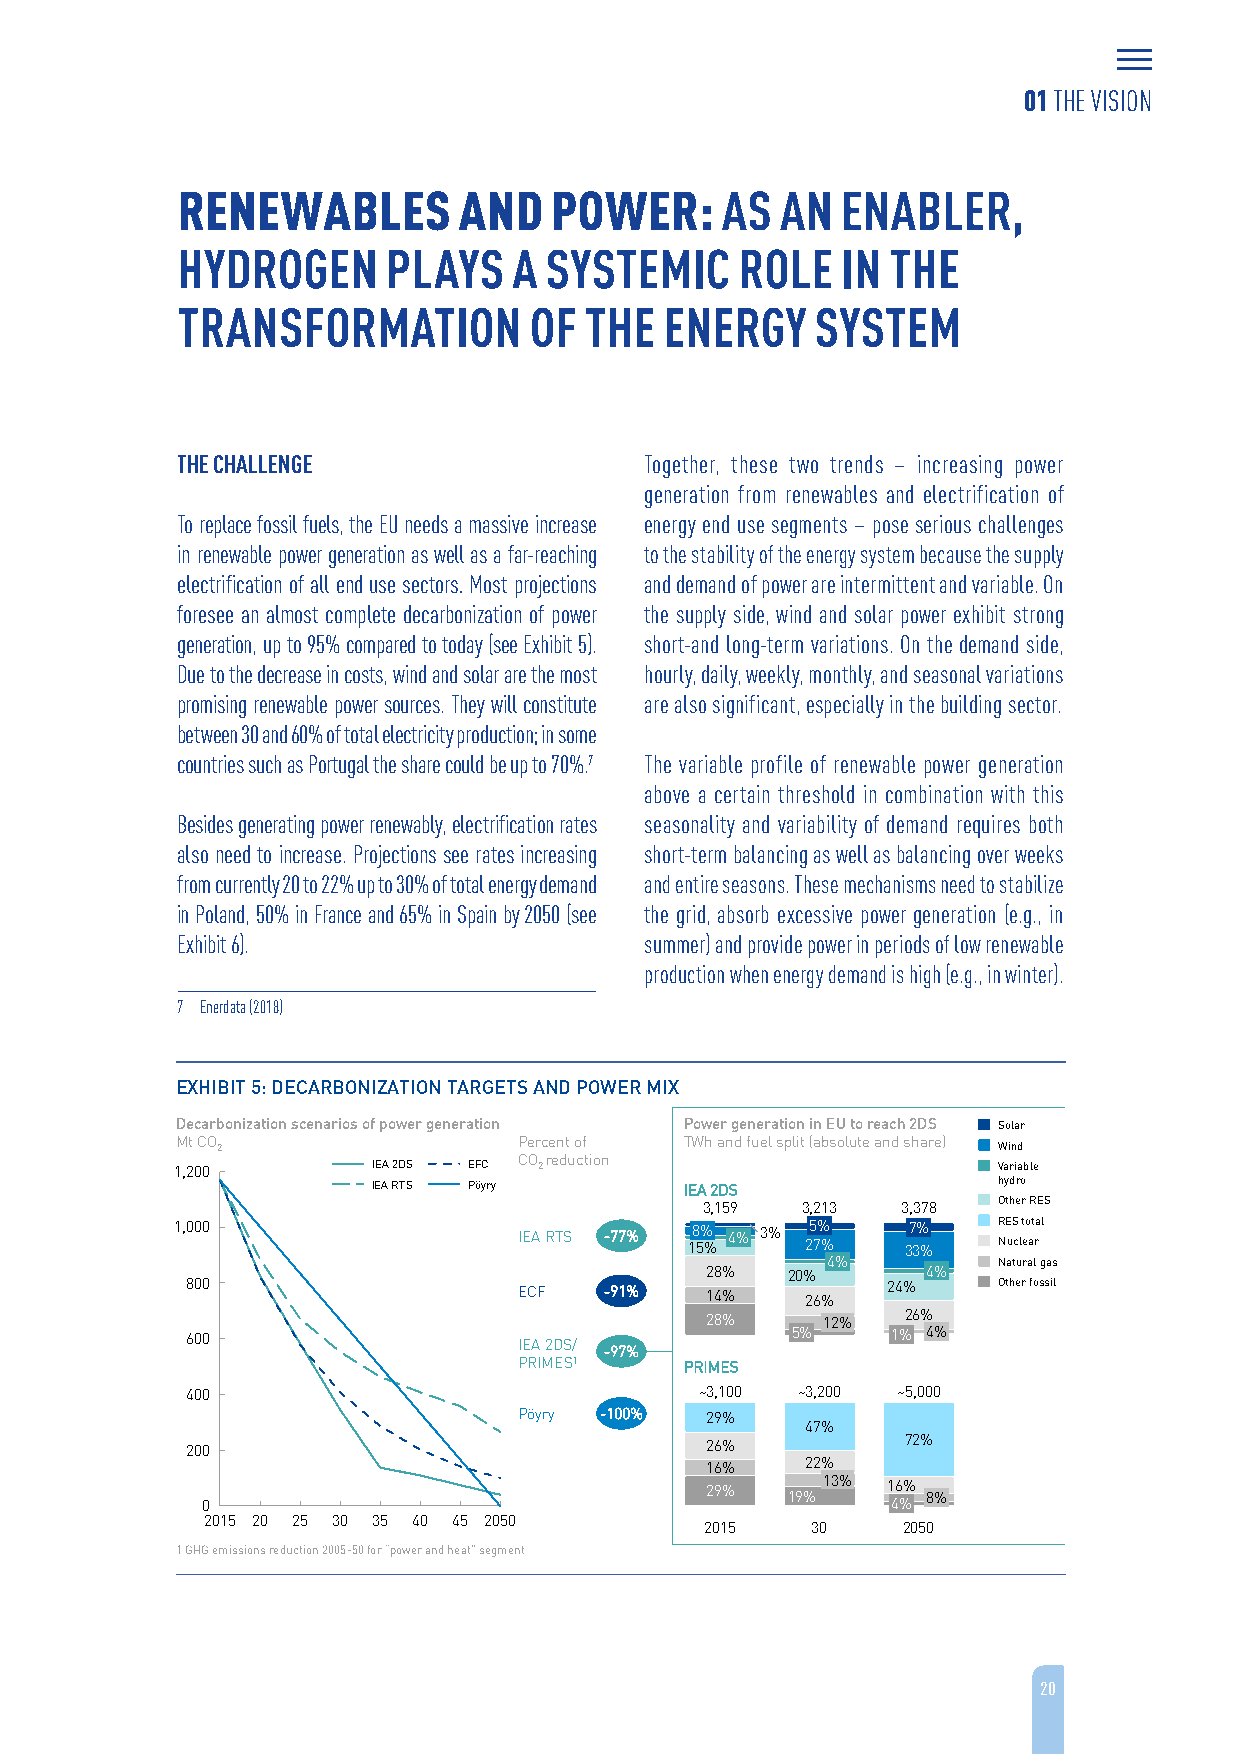
01 THE VISION
 RENEWABLES        AND   POWER:      AS  AN  ENABLER,
 HYDROGEN      PLAYS   A SYSTEMIC     ROLE   IN THE
 TRANSFORMATION         OF  THE  ENERGY    SYSTEM
 THE CHALLENGE                  Together, these two trends – increasing power
 generation from renewables and electrification of
 To replace fossil fuels, the EU needs a massive increase energy end use segments – pose serious challenges
 in renewable power generation as well as a far-reaching to the stability of the energy system because the supply
 electrification of all end use sectors. Most projections and demand of power are intermittent and variable. On
 foresee an almost complete decarbonization of power the supply side, wind and solar power exhibit strong
 generation, up to 95% compared to today (see Exhibit 5). short-and long-term variations. On the demand side,
 Due to the decrease in costs, wind and solar are the most hourly, daily, weekly, monthly, and seasonal variations
 promising renewable power sources. They will constitute are also significant, especially in the building sector.
 between 30 and 60% of total electricity production; in some
 countries such as Portugal the share could be up to 70%.7 The variable profile of renewable power generation
 above a certain threshold in combination with this
 Besides generating power renewably, electrification rates seasonality and variability of demand requires both
 also need to increase. Projections see rates increasing short-term balancing as well as balancing over weeks
 from currently 20 to 22% up to 30% of total energy demand and entire seasons. These mechanisms need to stabilize
 in Poland, 50% in France and 65% in Spain by 2050 (see the grid, absorb excessive power generation (e.g., in
 Exhibit 6).                    summer) and provide power in periods of low renewable
 production when energy demand is high (e.g., in winter).
 7 Enerdata (2018)
 EXHIBIT 5: DECARBONIZATION TARGETS AND POWER MIX
 Decarbonization scenarios of power generation Power generation in EU to reach 2DS Solar
 Mt CO 2               Percent of TWh and fuel split (absolute and share) Wind
 1,200        IEA 2DS EFC CO 2 reduction               Variable
 IEA RTS Pöyry       IEA 2DS              hydro
 3,159  3,213  3,378 Other RES
 1,000                 IEA RTS -77% 18 5% % 4% 3% 25 7% % 37 3% % R NE uS cl eto at ral
 4%         Natural gas
 28%  20%      4%
 800                   ECF   -91%   14%   26%   24%    Other fossil
 28%    12%   26%
 600                   IEA 2DS/          5%     1% 4%
 -97%
 PRIMES1    PRIMES
 400                               ~3,100 ~3,200 ~5,000
 Pöyry -100%  29%
 47%
 200                                26%          72%
 16%   22%
 0
 29%  19% 13% 1 46 %% 8%
 2015 20 25 30 35 40 45 2050
 2015   30    2050
 1 GHG emissions reduction 2005-50 for “power and heat” segment
 20